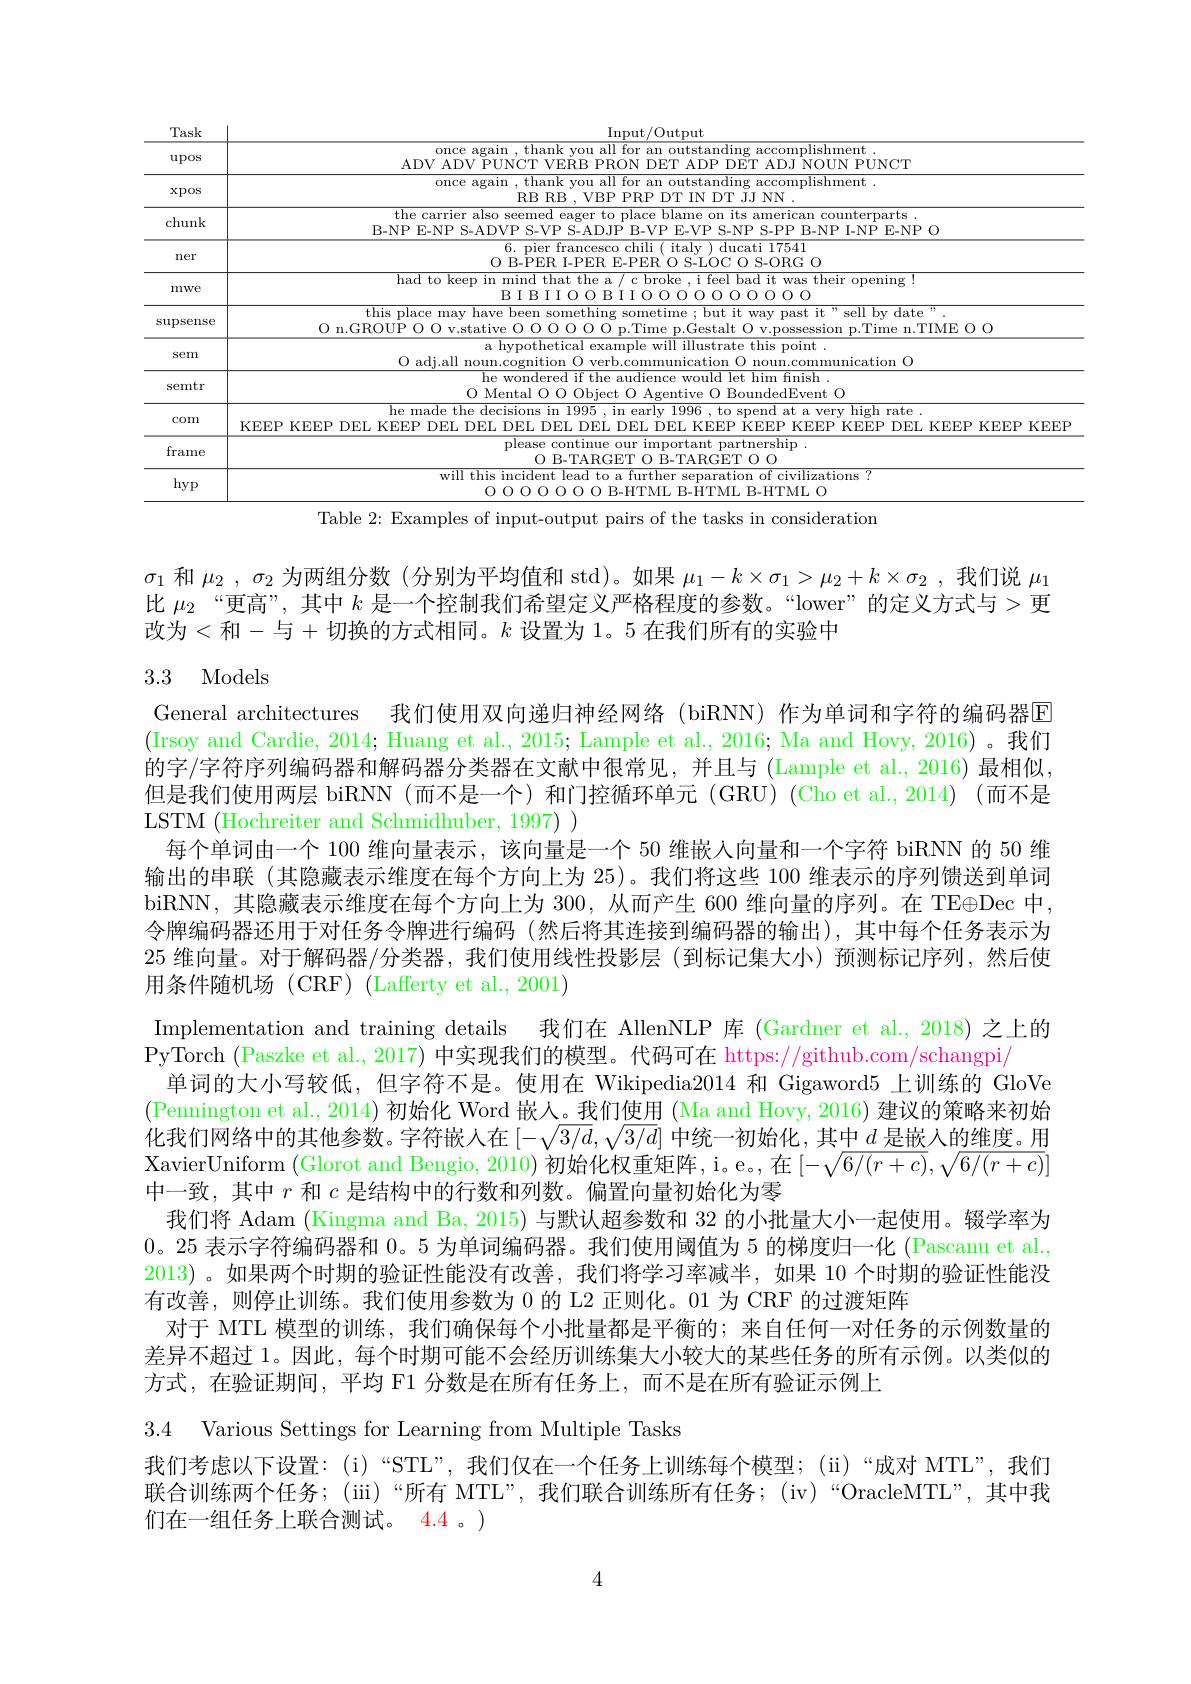
<table>
	<tbody>
		<tr>
			<th>Task</th>
			<th>Input/ Output</th>
		</tr>
		<tr>
			<td>upos</td>
			<td>$I$ ADV PUNCT once again , thank you all for an outstanding accomplishment NOUNPUNCT $ADV$ $VERB$ 3PRON $DET$ ADP DET $ADJ$</td>
		</tr>
		<tr>
			<td>$\mathbf{xpos}$</td>
			<td>once again , thank you all for an outstanding accomplishment . RB RB , VBP PRP DT IN $DT$ $JJJNN$</td>
		</tr>
		<tr>
			<td>chunk</td>
			<td>the carrier also seemed eager to place blame on its american counterparts . B- NP $\mathbf{E-NP}$ $S-ADVP$ S- VP S- AD. IP $B-VP$ $E-VP$ $S-NP$ ${\mathrm{S-PP}}$ $B-NP$ I- NP $E-NP$ (0</td>
		</tr>
		<tr>
			<td>ner</td>
			<td>O B- PER I- PER 6. pier francesco chili( italy) ducati 17541 E- PER O S- LOC O S- ORG O</td>
		</tr>
		<tr>
			<td>mwe</td>
			<td>$\overline{\text{had to keep in mind that the a / c broke , i feel bad it was their opening!}}$ $BIBIIOO$ BIIOOOOOOOOOO</td>
		</tr>
		<tr>
			<td>$\operatorname{supsense}$</td>
			<td>$\overline{\text{this place may have been}}$ ${\mathrm{~something~sometime}}$ but it way past it ${\text{“ sell by date”}}$ O n. GROUP .TIME O O</td>
		</tr>
		<tr>
			<td>sem</td>
			<td>a hypothetical example will illustrate this point 1 adi all noun munication $O$</td>
		</tr>
		<tr>
			<td>semtr</td>
			<td>he wondered if the audience would let him finish 0 MentalO 10 00hiert $\therefore O$ BoundedEvent O</td>
		</tr>
		<tr>
			<td>com</td>
			<td>${\text{he made the decisions in 1995}}$ in early 1996 to spend a very high rate KEEP KEEP DP DPl $DF$ KEPP ${\mathrm{KEEF}}$</td>
		</tr>
		<tr>
			<td>frame</td>
			<td>please continue our important partnership $OB-TARGETO$ ${\mathrm{~~B-TARGET~O~O}}$</td>
		</tr>
		<tr>
			<td>hyp</td>
			<td>$\overline{\text{will this incident lead to a further separation of civilizations ?}}$ 0 0 0 0 (1) 10 (0) B- HTML B- HTML B-HTML (1)</td>
		</tr>
	</tbody>
</table>
Table 2: Examples of input-output pairs of the tasks in consideration

$\sigma_1$和$\mu_2,\sigma_2$为两组分数 (分别为平均值和 std)。如果$\mu_1-k\times\sigma_1>\mu_2+k\times\sigma_2$,我们说$\mu_1$ 比$\mu_{2}$ “更高”, 其中$k$是一个控制我们希望定义严格程度的参数。“lower”的定义方式与>更改为<和-与+切换的方式相同。$k$ 设置为 1。5 在我们所有的实验中

## 3.3 Models

General architectures 我们使用双向递归神经网络 (biRNN) 作为单词和字符的编码器$\overline{\mathrm{E}}$ $\left(\text{Irsoy and Cardie, 2014; Huang et al., 2015; Lample et al., 2016; Ma and Hovy, 2016) 。我们}\right)$ 的字/字符序列编码器和解码器分类器在文献中很常见，并且与 (Lample et al., 2016) 最相似， 但是我们使用两层 biRNN(而不是一个)和门控循环单元(GRU)(Cho et al.,2014)(而不是LSTM (Hochreiter and Schmidhuber, 1997) )
每个单词由一个 100 维向量表示，该向量是一个 50 维嵌人向量和一个字符 biRNN 的 50 维输出的串联 (其隐藏表示维度在每个方向上为 25)。我们将这些 100 维表示的序列馈送到单词biRNN,其隐藏表示维度在每个方向上为 300, 从而产生 600 维向量的序列。在 TE$\oplus$Dec 中， 令牌编码器还用于对任务令牌进行编码 (然后将其连接到编码器的输出),其中每个任务表示为25 维向量。对于解码器/分类器，我们使用线性投影层(到标记集大小)预测标记序列，然后使用条件随机场 (CRF) (Lafferty et al., 2001)
Implementation and training details 我们在 AllenNLP 库(Gardner et al., 2018) 之上的
PyTorch (Paszke et al., 2017) 中实现我们的模型。代码可在 https://github.com/schangpi$_{\mathrm{\mu}}$
单词的大小写较低，但字符不是。使用在 Wikipedia2014 和 Gigaword5 上训练的 GloVe $\left(\text{Pennington et al., 2014) 初始化 Word 嵌人。我们使用 }(\text{Ma and Hovy, 2016})\text{ 建议的策略来初始}\right)$ 化我们网络中的其他参数。字符嵌入在$[-\sqrt{3/d},\sqrt{3/d}]$中统一初始化，其中$d$是嵌人的维度。用XavierUniform (Glorot and Bengio, 2010) 初始化权重矩阵，i。e。,在$[-\sqrt{6/(r+c)},\sqrt{6/(r+c)}]$ 中一致，其中$r$和$c$是结构中的行数和列数。偏置向量初始化为零
我们将 Adam (Kingma and Ba, 2015) 与默认超参数和 32 的小批量大小一起使用。辍学率为0。25 表示字符编码器和0。5 为单词编码器。我们使用阈值为 5 的梯度归一化 (Pascanu et al., 2013)。如果两个时期的验证性能没有改善，我们将学习率减半，如果 10 个时期的验证性能没有改善，则停止训练。我们使用参数为 0 的 L2 正则化。01 为 CRF 的过渡矩阵
对于 MTL 模型的训练，我们确保每个小批量都是平衡的；来自任何一对任务的示例数量的差异不超过 1。因此，每个时期可能不会经历训练集大小较大的某些任务的所有示例。以类似的方式，在验证期间，平均 F1 分数是在所有任务上，而不是在所有验证示例上
3.4 Various Settings for Learning from Multiple Tasks

我们考虑以下设置：(i)“STL”, 我们仅在一个任务上训练每个模型；(ii)“成对 MTL”, 我们联合训练两个任务；(ii)“所有 MTL”, 我们联合训练所有任务；(iv)“OracleMTL”, 其中我们在一组任务上联合测试。4.4 。)

4